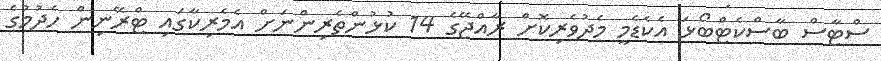
ސްޓާސް ބާސްކެޓްބޯޅަ އެކެޑެމީ މެދުވެރިކޮށް ރާއްޖޭގެ 14 ކުޅުންތެރިންނަށް އެމެރިކާގައި ޓްރޭނިން ހެދުމުގެ